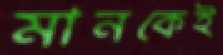
মানকেই